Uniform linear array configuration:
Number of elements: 16
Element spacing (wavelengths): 0.25
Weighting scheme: exponential
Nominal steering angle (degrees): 0
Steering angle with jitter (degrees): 0.6502
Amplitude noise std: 0.05
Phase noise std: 0.05

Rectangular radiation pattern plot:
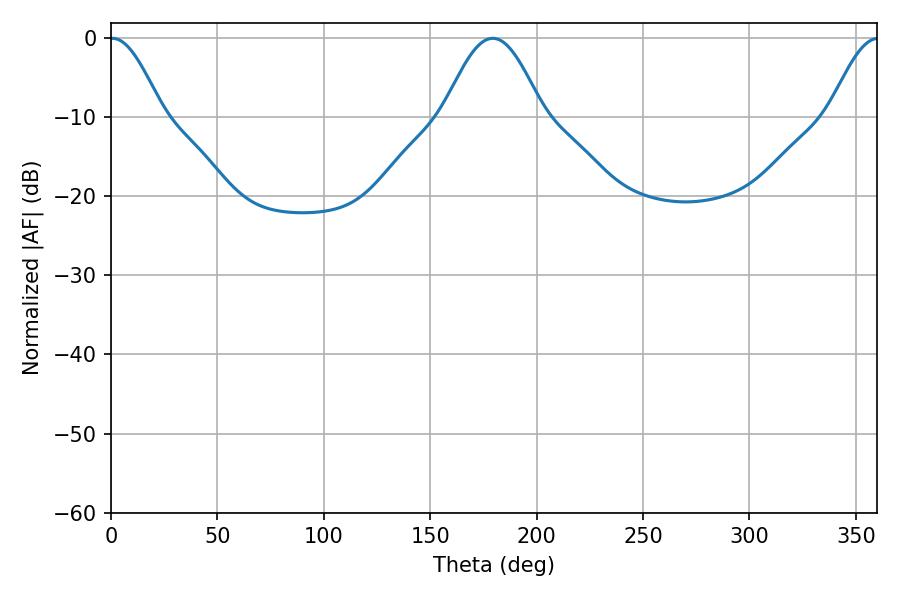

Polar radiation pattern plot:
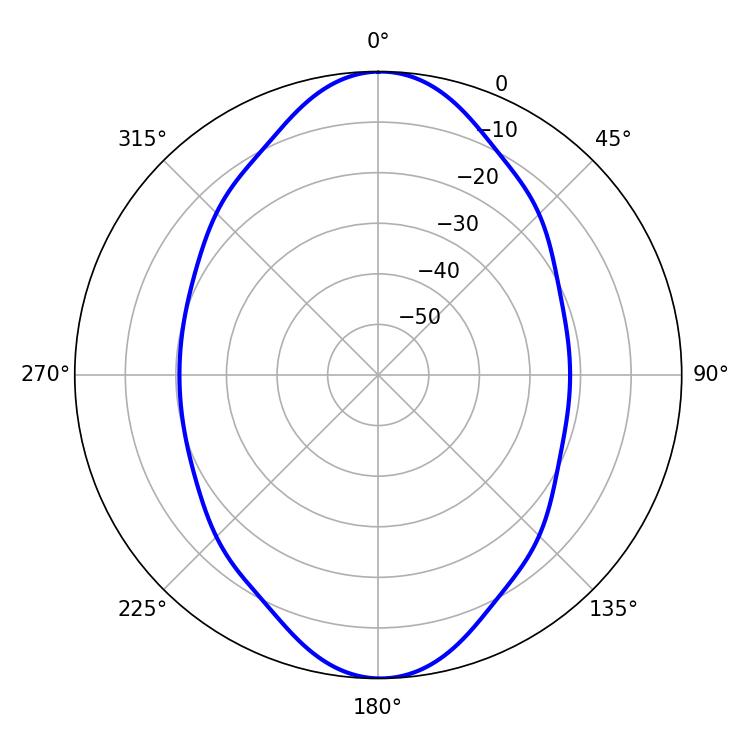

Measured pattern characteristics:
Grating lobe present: FALSE
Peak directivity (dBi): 26.82
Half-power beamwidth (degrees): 13.14
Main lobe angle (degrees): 0.54